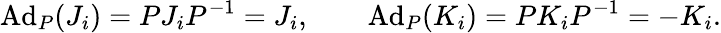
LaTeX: \mathrm{Ad}_{P}(J_{i})=PJ_{i}P^{-1}=J_{i},\qquad\mathrm{Ad}_{P}(K_{i})=PK_{i}P^{-1}=-K_{i}.